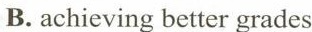
B. achieving better grades